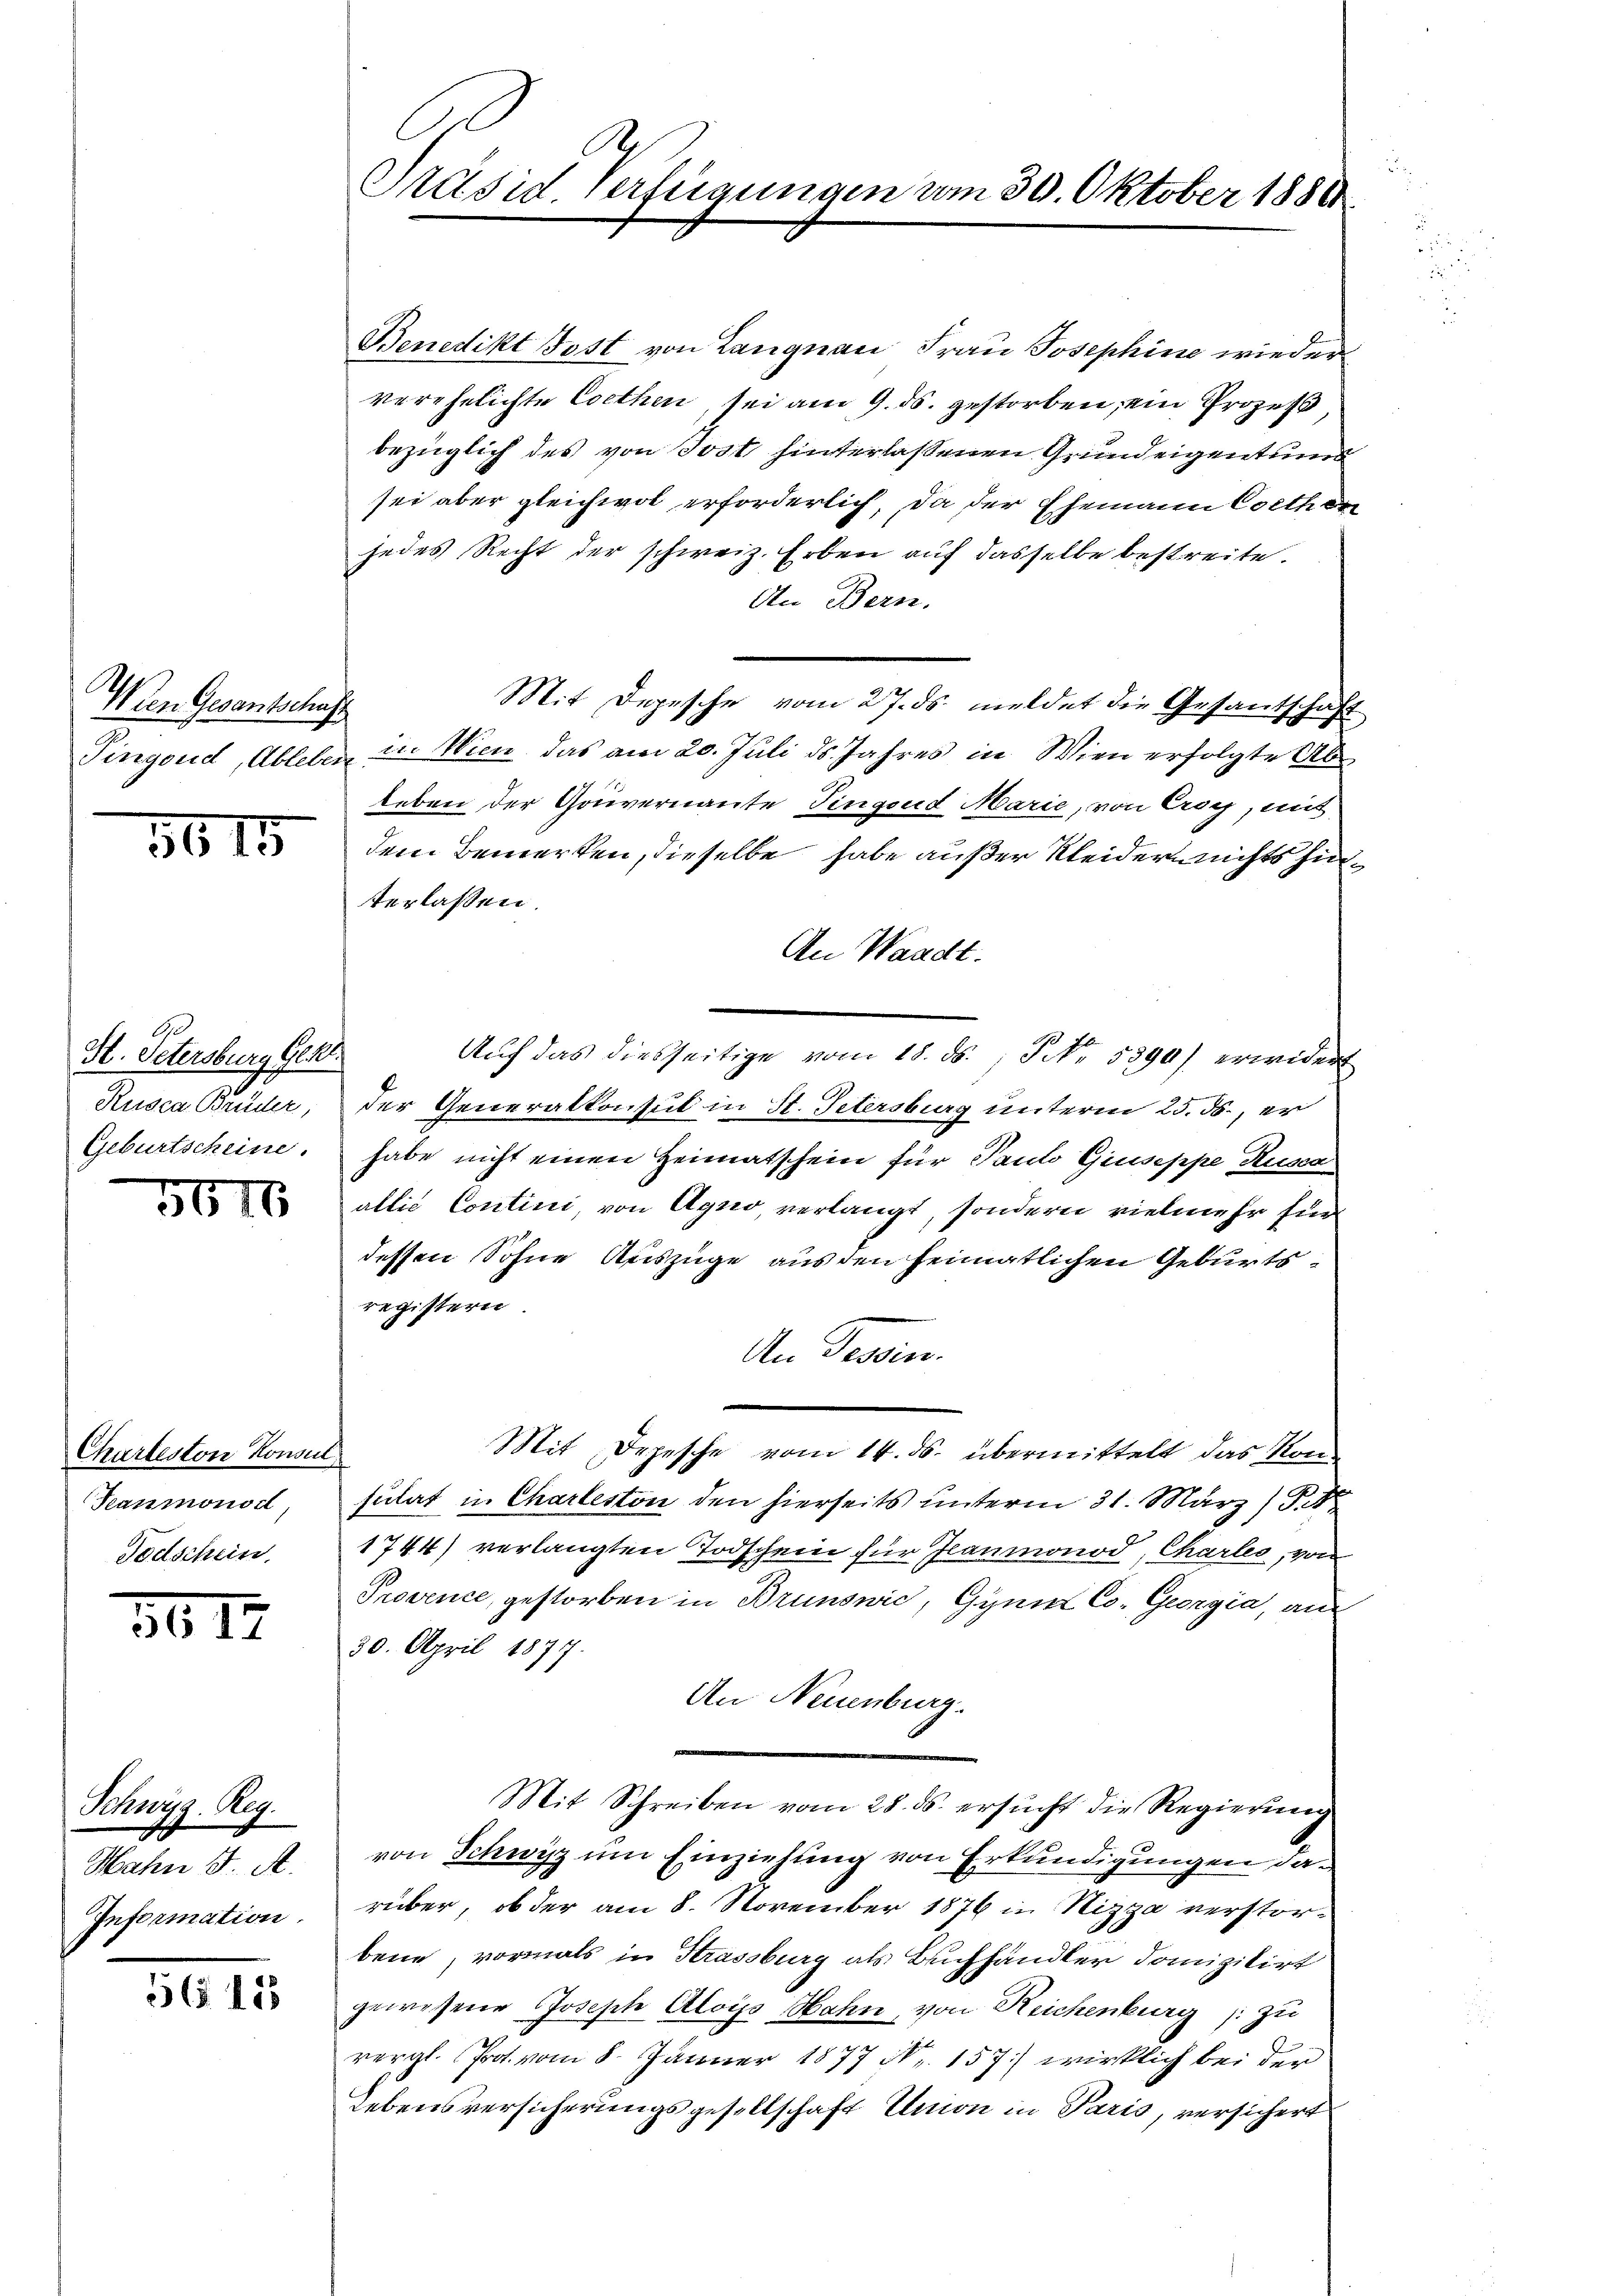
Wen Gesantschaft

5615

H. Petersburg Gekl
Rusca Bruder,
Geburtscheine

5616.

Charteston Konsul
Seaumonod,
Todschein.

3017

Schwyz. Reg.
Hahn J. A.
Information.

30

.
Präsid. Verfügungen vom 30. Oktober 1880

Benedikt Post von Langnau Frau Josephine wieder
verehelichte Coethen sei am 9. ds. gestorben, ein Prozess
bezüglich des von Jost hinterlassenen Grundeigentums
sei aber gleichwol erforderlich, da der Ehemann Corthan
jedes Recht der schweiz. Erben auf dasselbe bestreite.
An Bern,
Mit Depesche vom 27. ds. meldet die Gesantschaft
Tingoud, Ableber in Wien das am 20. Juli ds. Jahres in Wien erfolgte Ableben der Gouvernante Fingend Marie, von Croy, mit
dem Bemerken, dieselbe habe außer Kleidern nichts hinverlassen.
An Waadt.
Auf das diesseitige vom 18. ds., Nr. 5890) erwider
der Generalkonsul in St. Petersburg unterm 25. ds., er
habe nicht einen Heimatschein für Tauto Giuseppe Husca
allis Contini, von Agno, verlangt, sondern vielmehr für
dessen Sohne Auszüge aus den heimatlichen Geburtsregistern
An Tessin.
Mit Depesche vom 14. ds. übermittelt das Konsulat in Charteston den hierseits unterm 31. März) S.
1744) verlangten Todschein für Jeanmonod, Charlei, von
Provence, gestorben in Brunonic, Gyni Co. Georgia, au
30. April 1877.
An Neuenburg.
Mit Schreiben vom 28. ds. ersucht die Regierung
von Schwyz um Einziehung von Erkundigungen darüber, ob der am 8. November 1876 in Nizza verstorbene, vormals in Strassburg als Buchhändler domizilirt
gewesene Joseph Alois Hahn, von Reichenburg (: zu
vergl. Prot. vom 8. Jänner 1877 Nr. 157) wirklich bei der
Lebensversicherungsgesellschaft Union in Paris, versichert